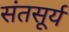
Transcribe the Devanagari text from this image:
संतसूर्य